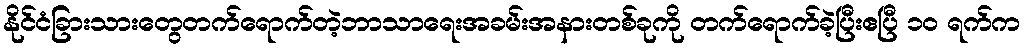
နိုင်ငံခြားသားတွေတက်ရောက်တဲ့ဘာသာရေးအခမ်းအနားတစ်ခုကို တက်ရောက်ခဲ့ပြီးဧပြီ ၁၀ ရက်က